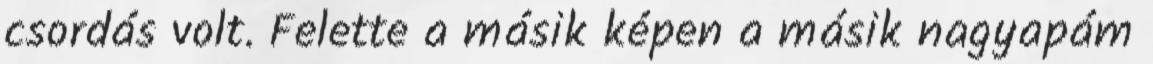
csordás volt. Felette a másik képen a másik nagyapám